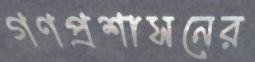
গণপ্রশাসনের